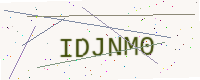
Text: IDJNM0